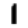
Digit: 1